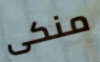
منكى